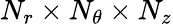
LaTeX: N_{r}\times N_{\theta}\times N_{z}